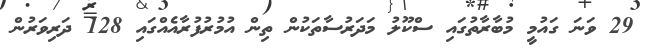
29 ވަނަ ގައުމީ މުބާރާތުގައި ސްކޫލު މަދަރުސާތަކުން ތިން އުމުރުފުރާއެއްގައި 128 ދަރިވަރުން